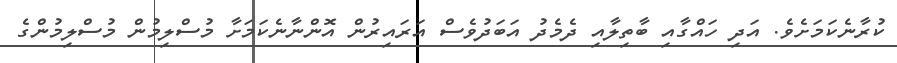
ކުރާނެކަމަށެވެ. އަދި ހައްގާއި ބާތިލާއި ދެމެދު އަބަދުވެސް އަރައިރުން އޮންނާނެކަމަށާ މުސްލިމުން މުސްލިމުންގެ